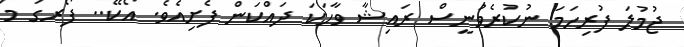
ޖުމުލަ ފުރިހަމަ ނުކުރެވުނީސް ރައިޝާ ވާހަކަ ދައްކަން ފެށިއެވެ. އޯކޭ.. ފޯރގަ މަ